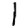
Digit: 1